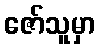
ဇော်သူမှာ